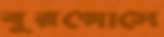
বুরগোসে